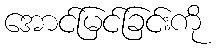
အောင်မြင်ခြင်းကို